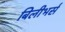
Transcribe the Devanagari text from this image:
बिलीभर्स